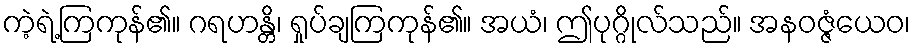
ကဲ့ရဲ့ကြကုန်၏။ ဂရဟန္တိ၊ ရှုပ်ချကြကုန်၏။ အယံ၊ ဤပုဂ္ဂိုလ်သည်။ အနဝဇ္ဇံယေဝ၊